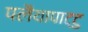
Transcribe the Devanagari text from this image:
पलैयापाट्टु